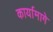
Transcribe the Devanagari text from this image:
कार्यामागे